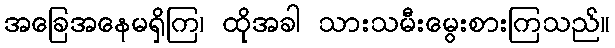
အခြေအနေမရှိကြ၊ ထိုအခါ သားသမီးမွေးစားကြသည်။